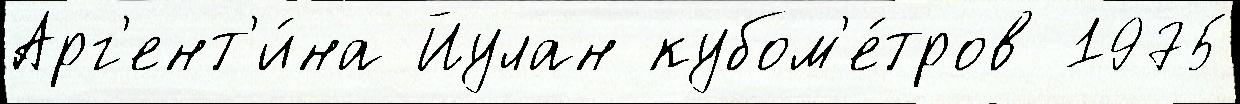
Арг'ент'и́на Йулан кубом'е́тров 1975